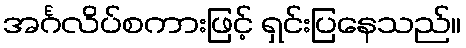
အင်္ဂလိပ်စကားဖြင့် ရှင်းပြနေသည်။